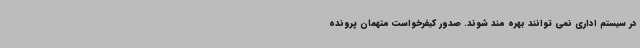
در سیستم اداری نمی توانند بهره مند شوند. صدور کیفرخواست متهمان پرونده